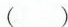
( )